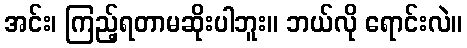
အင်း၊ ကြည့်ရတာမဆိုးပါဘူး။ ဘယ်လို ရောင်းလဲ။